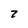
Character: 2